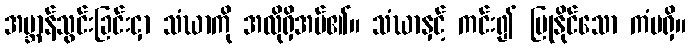
အဗ္ဘာန်သွင်းခြင်းငှာ သံဃာကို အလိုရှိအပ်၏။ သံဃာနှင့် ကင်း၍ ပြုနိုင်သော ကံမရှိ။